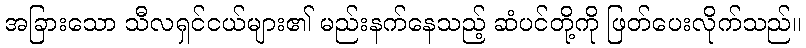
အခြားသော သီလရှင်ငယ်များ၏ မည်းနက်နေသည့် ဆံပင်တို့ကို ဖြတ်ပေးလိုက်သည်။